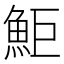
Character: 鮔